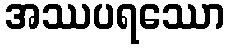
အဿပရဿော